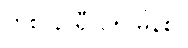
တစ် နာရီ ၁၅ မိနစ်။